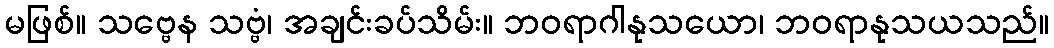
မဖြစ်။ သဗ္ဗေန သဗ္ဗံ၊ အချင်းခပ်သိမ်း။ ဘဝရာဂါနုသယော၊ ဘဝရာနုသယသည်။